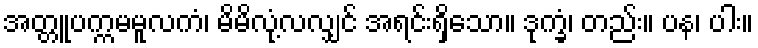
အတ္တူပက္ကမမူလကံ၊ မိမိလုံ့လလျှင် အရင်းရှိသော။ ဒုက္ခံ၊ တည်း။ ပန၊ ပါး။